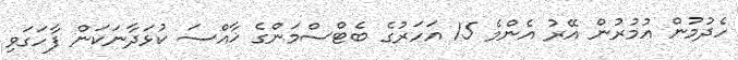
ހެދުމުން އުމުރުން އޭރު އެންމެ 15 އަހަރުގެ ބެޓްސްމަންގެ ޚާއްސަ ކުޅަދާނަކަން ފާހަގަވި